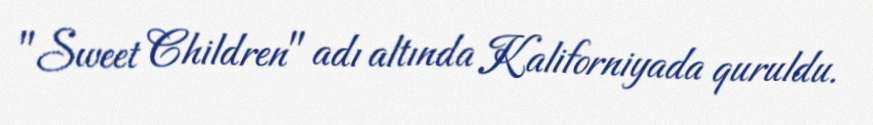
"Sweet Children" adı altında Kaliforniyada quruldu.